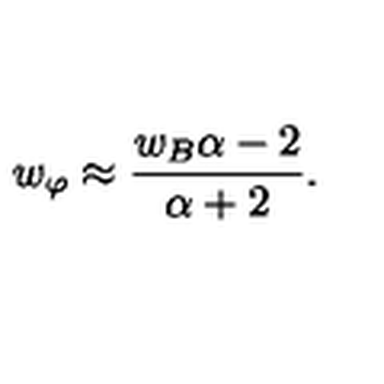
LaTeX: w _ { \varphi } \approx \frac { w _ { B } \alpha - 2 } { \alpha + 2 } .